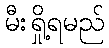
မီးရှို့ရမည်